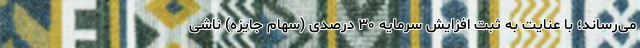
می‌رساند؛ با عنایت به ثبت افزایش سرمایه ۳۰ درصدی (سهام جایزه) ناشی